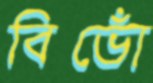
বিভোঁ